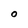
Character: O